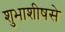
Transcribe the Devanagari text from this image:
शुभाशीषसे